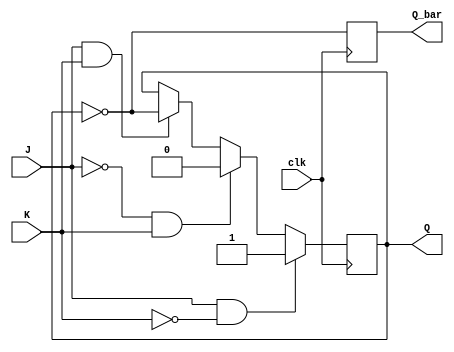
module jk_flipflop (
    input J, 
    input K, 
    input clk, 
    output reg Q, 
    output reg Q_bar
);

always @(posedge clk) begin
    if (J & ~K) begin
        Q <= 1'b1;
    end else if (~J & K) begin
        Q <= 1'b0;
    end else if (J & K) begin
        Q <= ~Q;
    end
    Q_bar <= ~Q;
end

endmodule